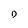
Character: D